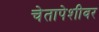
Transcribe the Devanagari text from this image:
चेतापेशीवर